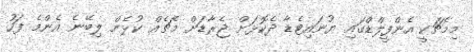
މިމެޗަކީ އެންފީލްޑްގައި ޔުނައިޓެޑާ ދެކޮޅަށް ޖެރާޑަށް މެޗެއް ކުޅެން ލިބޭނެ އެންމެ ފަހު